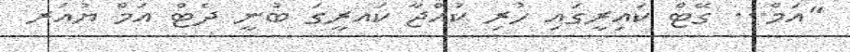
"އަމް... ގޭޓް ކައިރީގައި ހުރި ކުއްޖާ ކައރީގަ ބުނީ ދެޓް އަމް ޔުއަރ